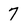
Character: 7